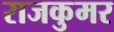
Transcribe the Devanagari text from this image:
राजकुमर